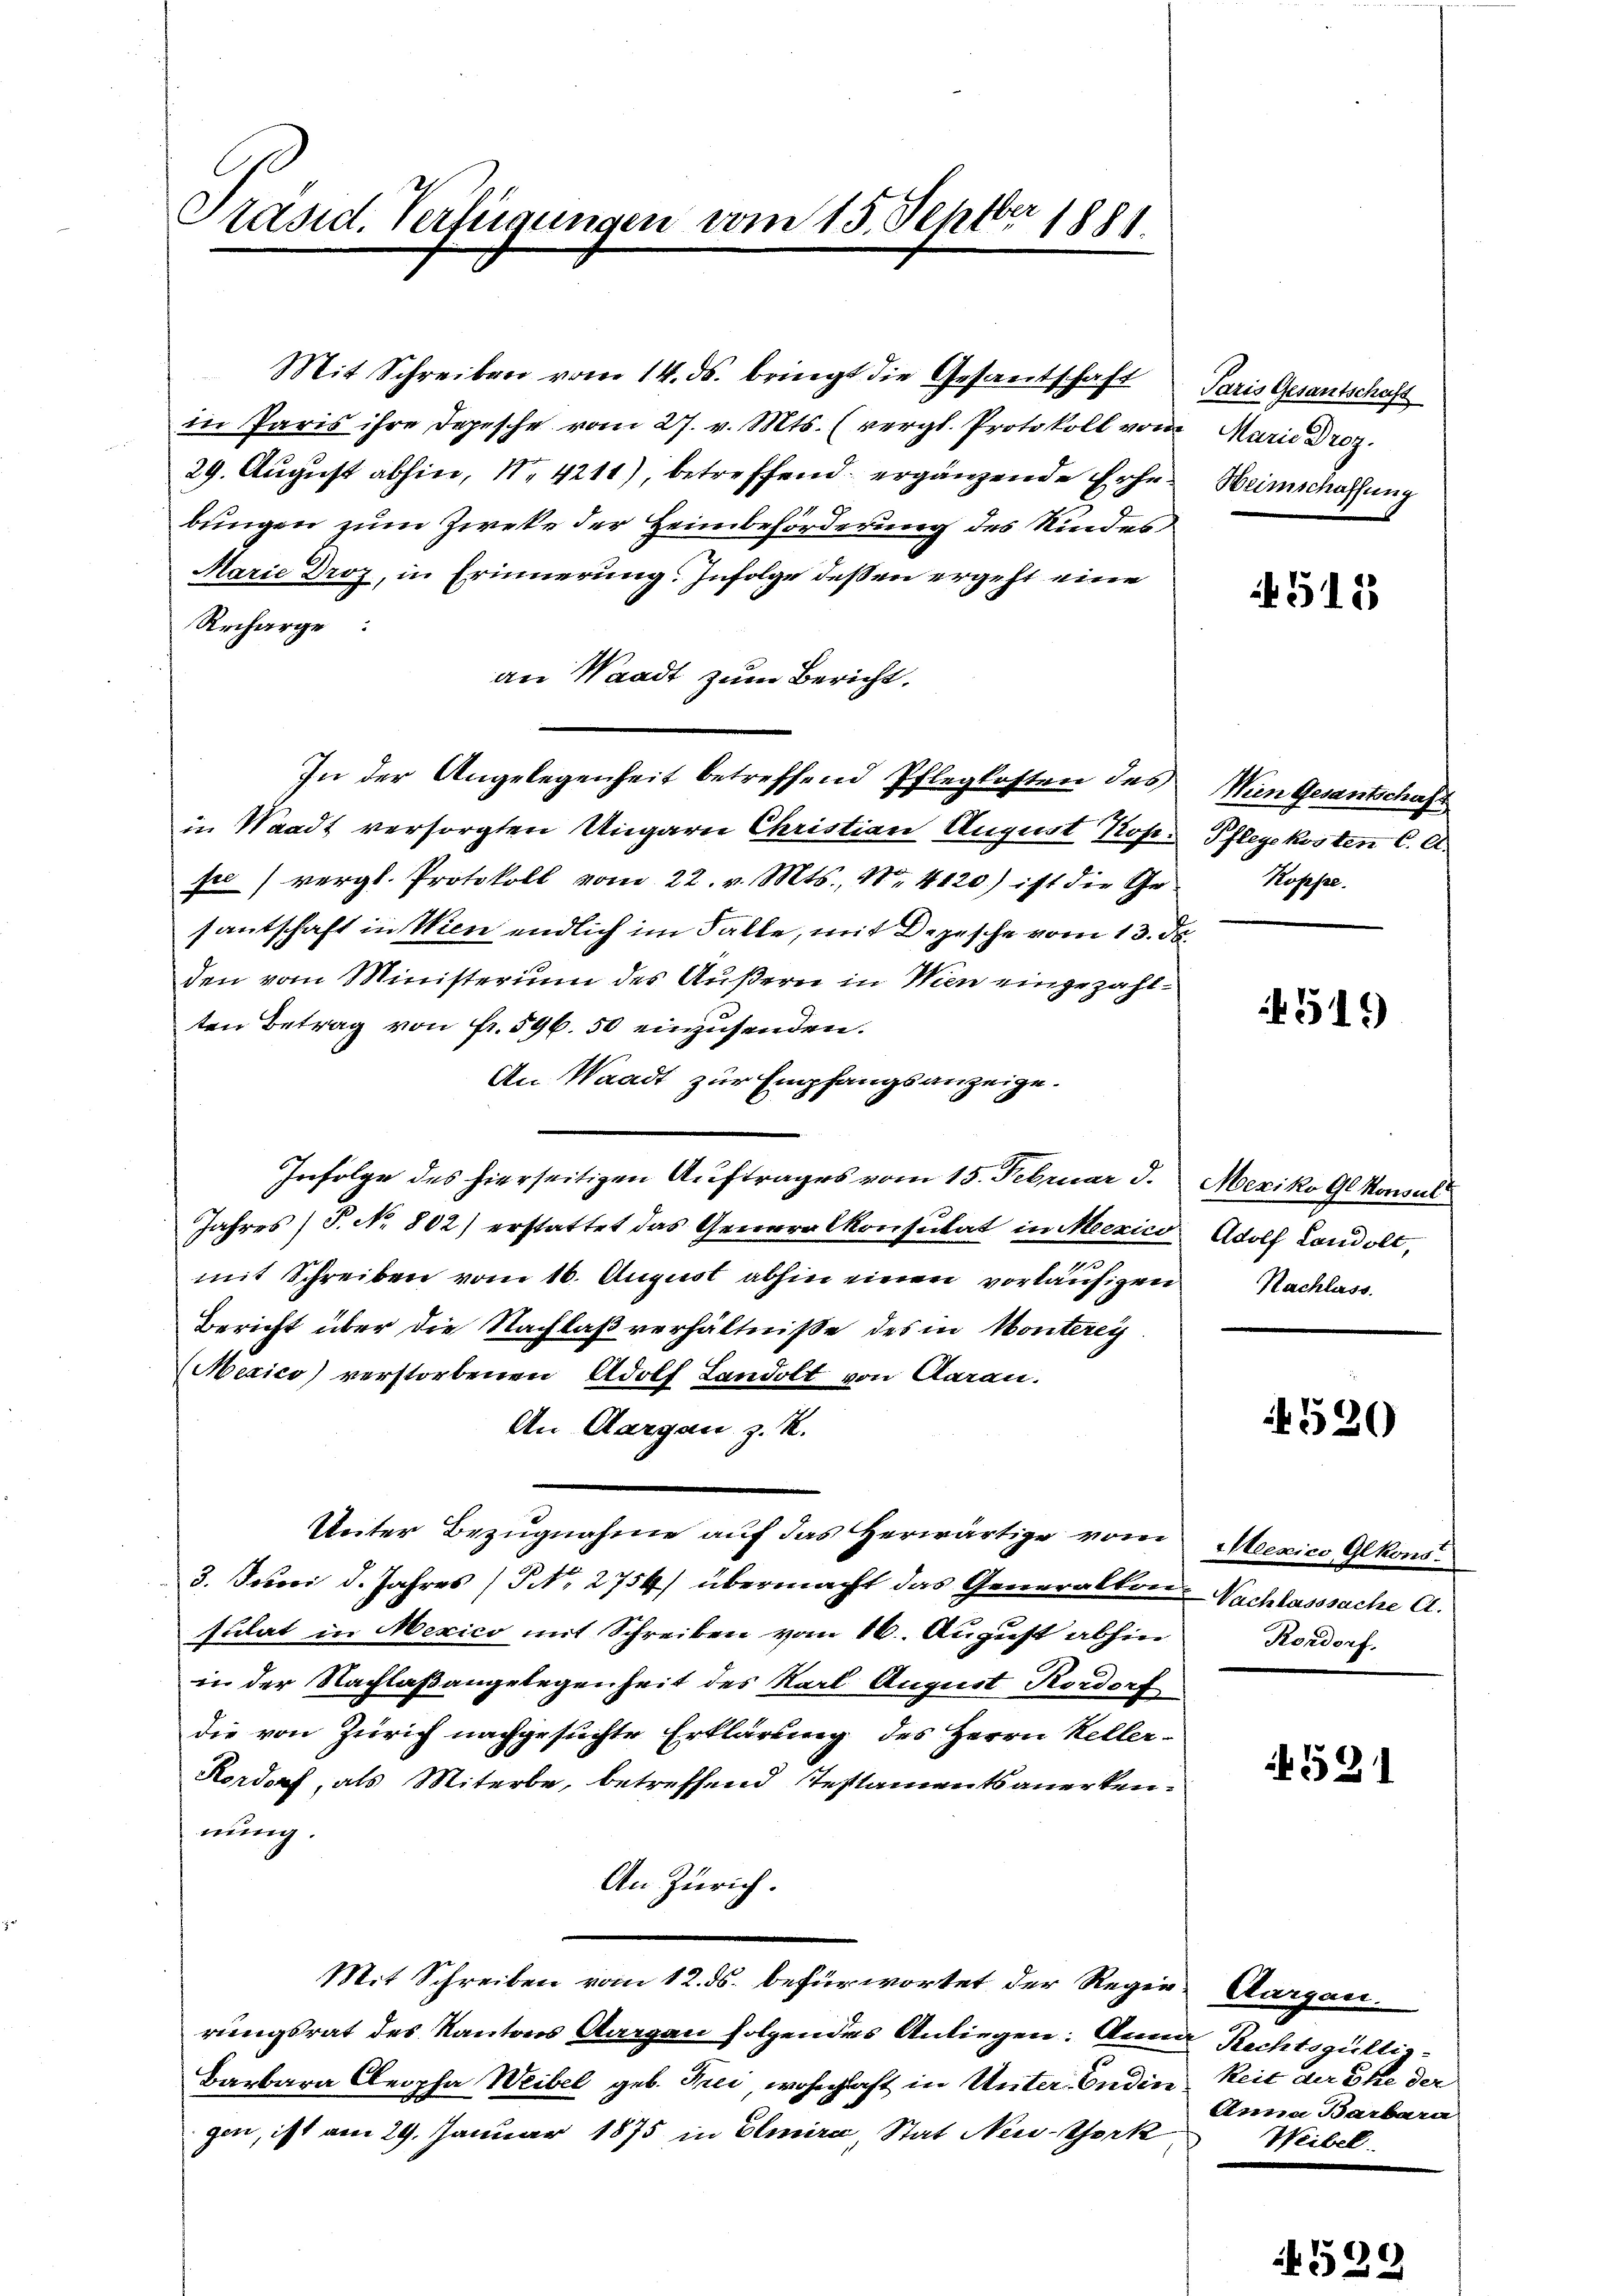
Präsid. Verfügungen vom 15. Septbr 1881.

in Paris ihre Depesche vom 27. v. Mts. (vergl. Protokoll vom Marie Droz.
29. August abhin, N. 4211), betreffend ergänzende Erhebungen zum Zweke der Heimbeförderung des Kindes
Marie Droz, in Erinnerung. Infolge dessen ergeht eine
Recharge.
an Waadt zum Bericht.
In der Angelegenheit betreffend Pflegkosten des
in Waadt versorgten Ungarn Christian August Rose Pflegekosten C. A.
pre) vergl. Protokoll vom 22. v. Mts., N. 4120) ist die Ge-
santschaft in Wien endlich im Falle, mit Depesche vom 13. ds.
den vom Ministerium des Äußern in Wien eingezahlten Betrag von Fr. 596. 50 einzusenden.
An Waadt zur Empfangsanzeige.
Infolge des hierseitigen Auftrages vom 15. Februar d. Mexiko Gl. Konsul
Jahres (T. No 802) erstattet das Generalkonsulat in Mexico Adolf Landolt,
i
mit Schreiben vom 16. August abhin einen vorläufigen Nachlass
Bericht über die Nachlaßverhältniße des in Monterey-
Mexico) verstorbenen Adolf Landolt von Aarau.
An Aargau z. R.
Unter Bezugnahme auf das Herwärtige vom Mexico Glkons
3. Juni d. Jahres (NNo. 2754) übermacht das Generalton-Nachlasssache A.
sulat in Mexico mit Schreiben vom 16. August abhin
in der Nachlaßangelegenheit des Karl August Rordorf
die von Zürich nachgesuchte Erklärung des Herrn Keller-
Rordorf, als Miterbe, betreffend Testaments anerkennung.
An Zürich.
Mit Schreiben vom 12. ds. befürwortet der Regie-Aargau.
rungsrat des Kantons Aargau folgendes Anliegen: Anna Rechtsgültig¬
Barbara Cleopha Weibel geb. Bei wohnhaft in Unter- Endin Zeit der Ehe der
gen, ist am 29. Januar 1875 in Elmira, Stat New-York

Mit Schreiben vom 14. ds. bringt die Gesantschaft Paris Gesantschaft

Heimschaffung

513

Wien Gesantschaft
Koppe

519

520

Kordorf.

521

Anna Barbara
Weibel.